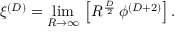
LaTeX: \xi ^ { ( D ) } = \operatorname * { l i m } _ { R \rightarrow \infty } \, \left[ R ^ { \frac { D } { 2 } } \, \phi ^ { ( D + 2 ) } \right] .